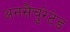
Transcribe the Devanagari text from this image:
अनसैचुरेटेड